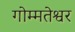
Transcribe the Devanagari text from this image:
गोम्मतेश्वर